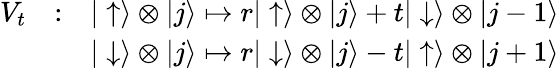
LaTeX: \begin{array}{rlr}{V_{t}}&{:}&{|\uparrow\rangle\otimes|j\rangle\mapsto r|\uparrow\rangle\otimes|j\rangle+t|\downarrow\rangle\otimes|j-1\rangle}\\ &{}&{|\downarrow\rangle\otimes|j\rangle\mapsto r|\downarrow\rangle\otimes|j\rangle-t|\uparrow\rangle\otimes|j+1\rangle}\end{array}